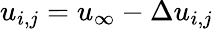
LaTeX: u_{i,j}=u_{\infty}-\Delta u_{i,j}